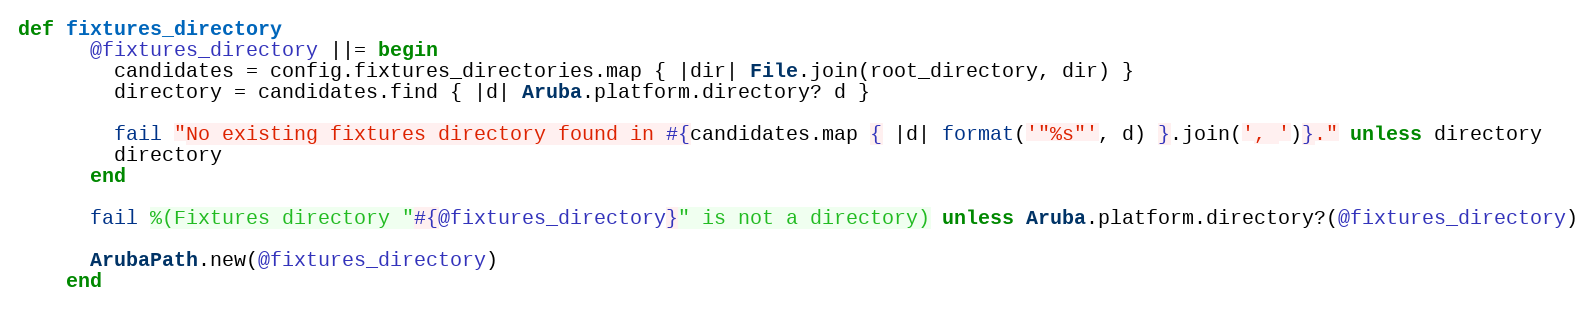
Language: Ruby
def fixtures_directory
      @fixtures_directory ||= begin
        candidates = config.fixtures_directories.map { |dir| File.join(root_directory, dir) }
        directory = candidates.find { |d| Aruba.platform.directory? d }

        fail "No existing fixtures directory found in #{candidates.map { |d| format('"%s"', d) }.join(', ')}." unless directory
        directory
      end

      fail %(Fixtures directory "#{@fixtures_directory}" is not a directory) unless Aruba.platform.directory?(@fixtures_directory)

      ArubaPath.new(@fixtures_directory)
    end